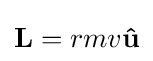
\mathbf {L} =rmv\mathbf {\hat {u}}